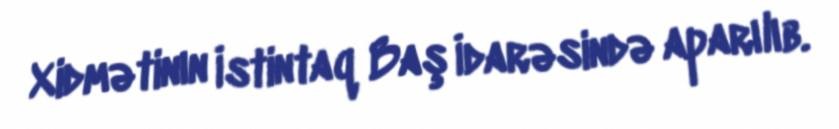
Xidmətinın İstintaq Baş İdarəsində aparılıb.